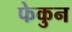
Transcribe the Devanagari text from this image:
फेकुन